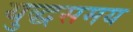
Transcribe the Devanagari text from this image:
युद्धसमय